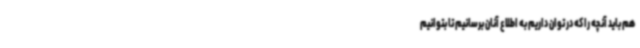
هم باید آنچه را که در توان داریم به اطلاع آنان برسانیم تا بتوانیم